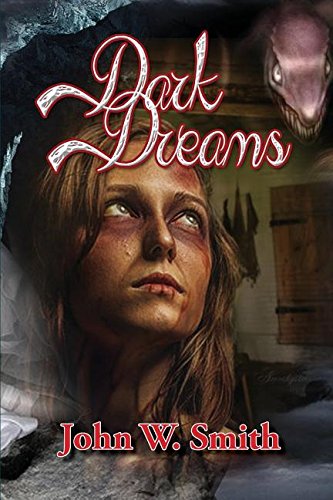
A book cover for Dark Dreams; John W Smith; Science Fiction & Fantasy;